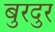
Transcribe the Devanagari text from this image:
बुरदुर